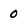
Character: 0